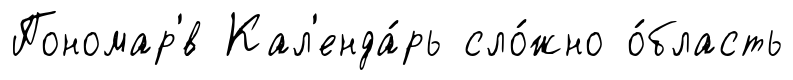
Пономар'́в Кал'енда́рь сло́жно о́бласть